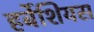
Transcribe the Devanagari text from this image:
हर्बेशियस